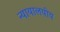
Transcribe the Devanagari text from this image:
न्यायालयीय